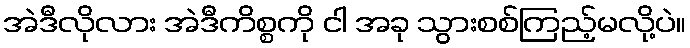
အဲဒီလိုလား အဲဒီကိစ္စကို ငါ အခု သွားစစ်ကြည့်မလို့ပဲ။